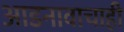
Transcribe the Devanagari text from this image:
आडनावाचाही